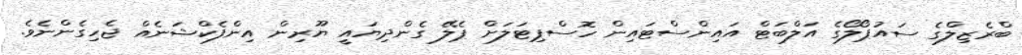
ބްރެޒިލްގެ ސައުޕޯލޯގެ އަލްބަޓް އައިންސްޓައިން ހޮސްޕިޓަލަށް ޕެލޭ ގެންދިޔައީ ޔޫރިން އިންފެކްޝަނެއް ޖެހިގެންނެވެ.